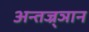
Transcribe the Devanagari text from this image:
अन्तज्र्ञान